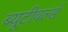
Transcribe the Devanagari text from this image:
ब्यूटीवर्ल्ड